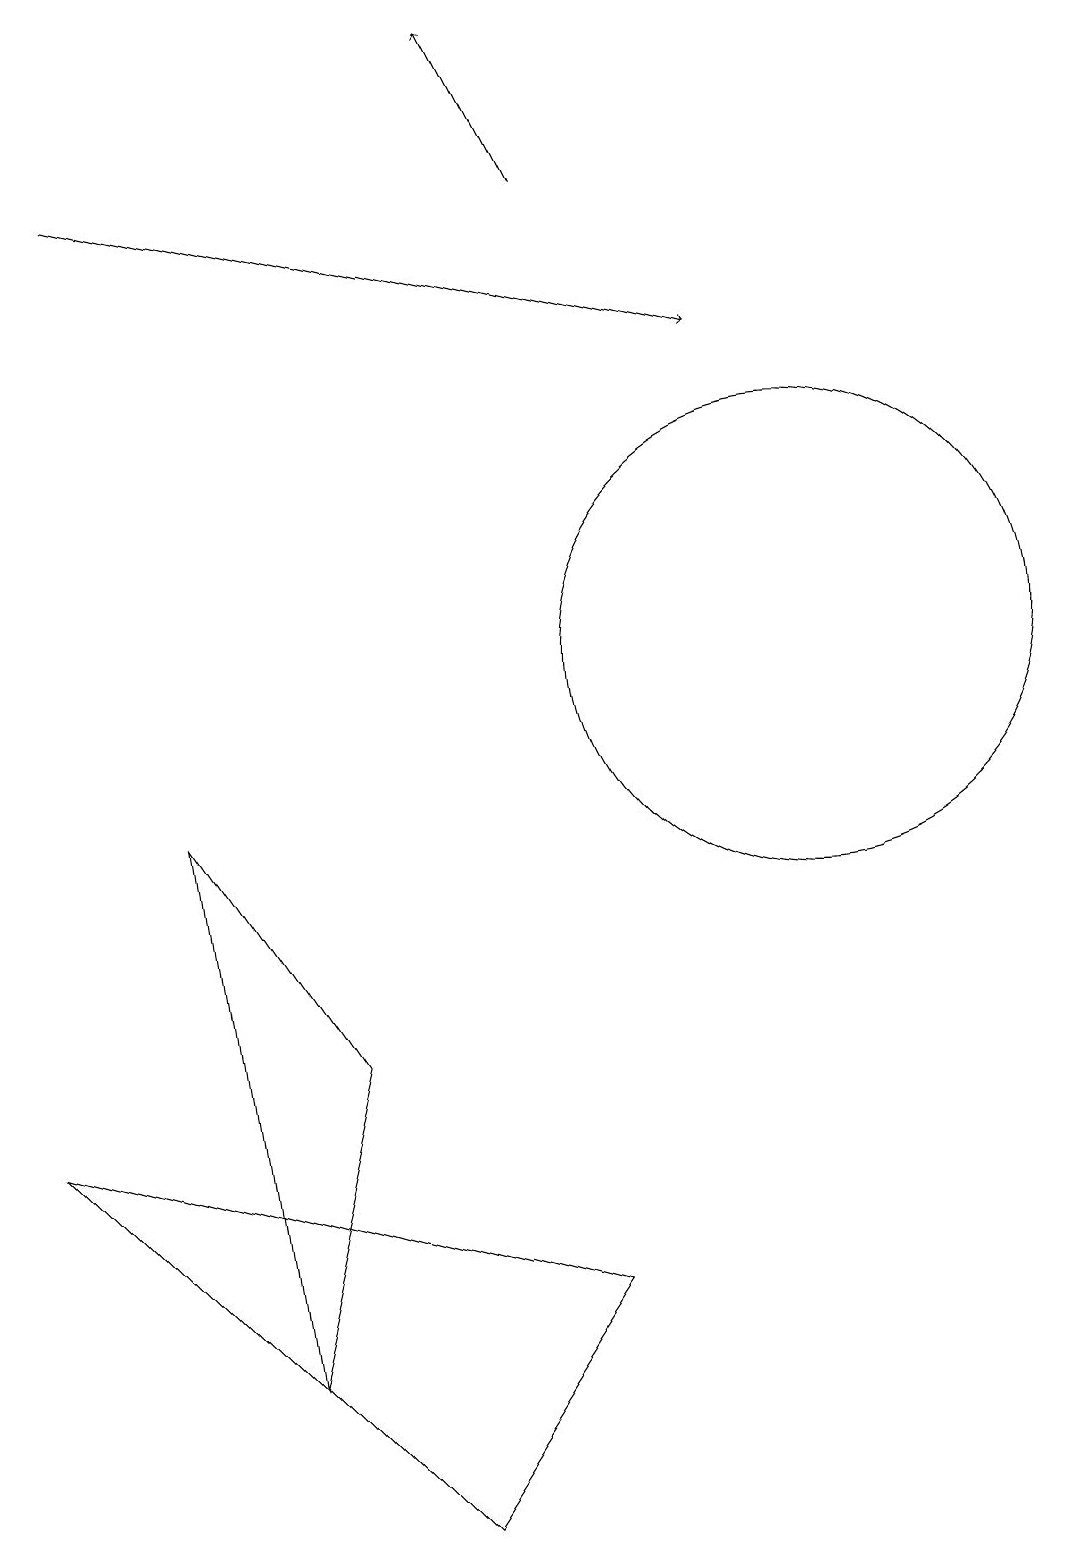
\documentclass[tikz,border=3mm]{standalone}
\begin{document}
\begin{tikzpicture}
\draw (2,9) -- (4,6) -- (3,2) -- cycle;
\draw (5,0) -- (0,5) -- (7,3) -- cycle;
\draw[->] (7,17) -- (6,19);
\draw[->] (1,17) -- (9,15);
\draw (10,11) circle (3);
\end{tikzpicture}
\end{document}